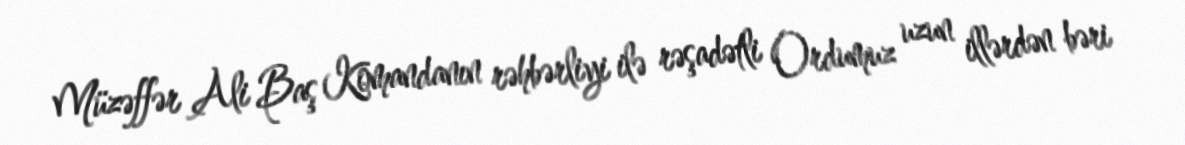
Müzəffər Ali Baş Komandanın rəhbərliyi ilə rəşadətli Ordumuz uzun illərdən bəri